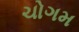
ચોગમ